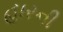
હારની